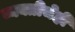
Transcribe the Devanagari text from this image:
व्यक्तीचेही